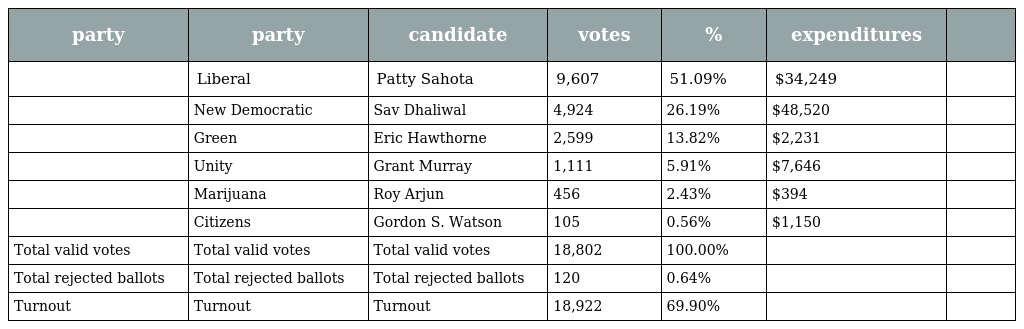
| party | party | candidate | votes | % | expenditures |  |
 | --- | --- | --- | --- | --- | --- | --- |
 |  | Liberal | Patty Sahota | 9,607 | 51.09% | $34,249 |  |
 |  | New Democratic | Sav Dhaliwal | 4,924 | 26.19% | $48,520 |  |
 |  | Green | Eric Hawthorne | 2,599 | 13.82% | $2,231 |  |
 |  | Unity | Grant Murray | 1,111 | 5.91% | $7,646 |  |
 |  | Marijuana | Roy Arjun | 456 | 2.43% | $394 |  |
 |  | Citizens | Gordon S. Watson | 105 | 0.56% | $1,150 |  |
 | Total valid votes | Total valid votes | Total valid votes | 18,802 | 100.00% |  |  |
 | Total rejected ballots | Total rejected ballots | Total rejected ballots | 120 | 0.64% |  |  |
 | Turnout | Turnout | Turnout | 18,922 | 69.90% |  |  |